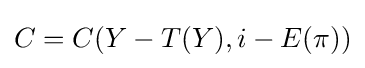
C=C(Y-T(Y),i-E(\pi ))